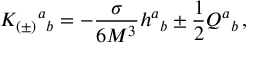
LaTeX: K _ { ( \pm ) } { } ^ { a } { } _ { b } = - { \frac { \sigma } { 6 M ^ { 3 } } } h ^ { a } { } _ { b } \pm \frac 1 2 Q ^ { a } { } _ { b } \, ,